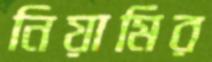
নিয়ামির